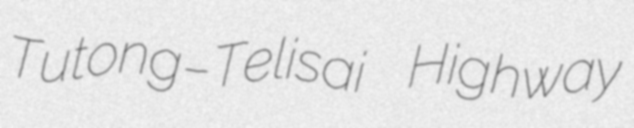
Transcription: Tutong–Telisai Highway